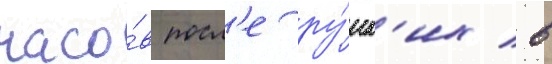
часо́в посл'е ру́сск'их в